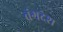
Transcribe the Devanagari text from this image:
वंगदेश